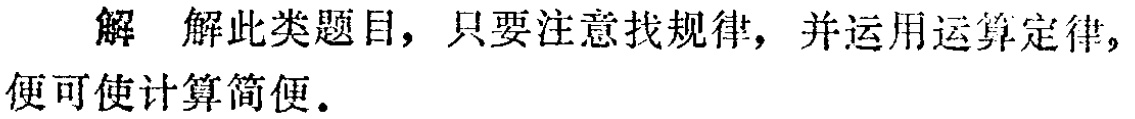
解 解此类题目，只要注意找规律，并运用运算定律，便可使计算简便.